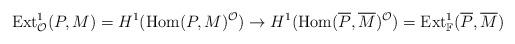
LaTeX: \begin{align*}\operatorname{Ext}^1_{\mathcal{O}}(P,M) = H^1(\operatorname{Hom}(P,M)^{\mathcal{O}}) \rightarrow H^1(\operatorname{Hom}(\overline{P},\overline{M})^{\mathcal{O}}) = \operatorname{Ext}^1_{\mathbb{F}}(\overline{P},\overline{M})\end{align*}